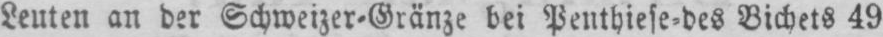
Leuten an der Schweizer⸗Gränze bei Penthiese⸗des Bichets 49